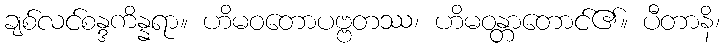
ချစ်လင်စန္ဒကိန္နရာ။ ဟိမဝတောပဗ္ဗတဿ၊ ဟိမဝန္တာတောင်၏။ ပီတာနိ၊